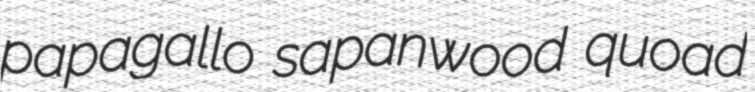
papagallo sapanwood quoad